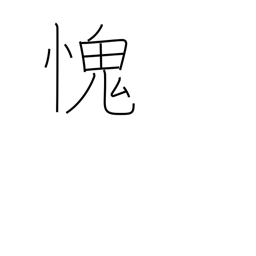
Meaning: feel ashamed